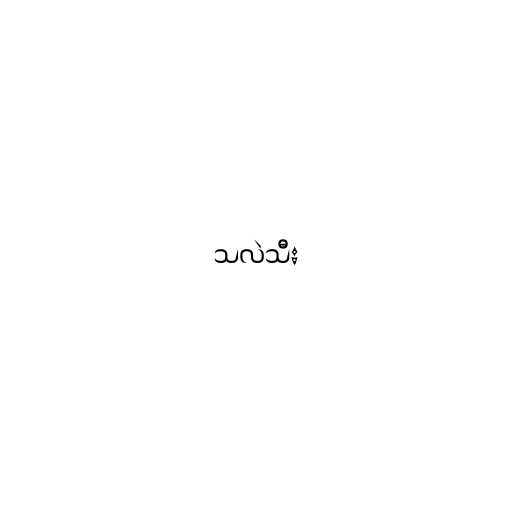
သလဲသီး